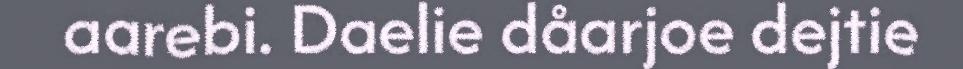
aarebi. Daelie dåarjoe dejtie